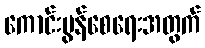
ကောင်းမွန်စေရေးအတွက်